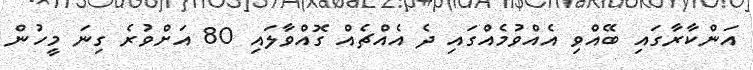
އަންކާރާގައި ބޭއްވި އެއްވުމެއްގައި ދެ އެއްޗެއް ގޮއްވާލައި 80 އަށްވުރެ ގިނަ މީހުން